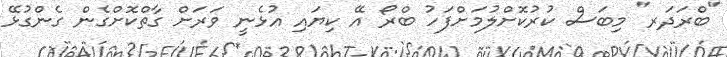
"ބްރަދަރ" މިބަސް ކުރުކޮށްލުމަށްފަހު ބްރޯ އޭ ކިޔައި އުޅެނީ ވަރަށް ގާތްކޮށްގެން ގެންގުޅޭ